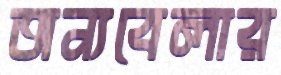
অন্যবেলার